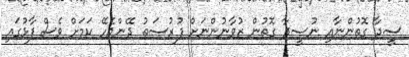
ސީދާ ގޮތުންނާއި ނުސީދާ ގޮތުން ޒުވާނުންނަށް ފުރުސަތު ދޭންޖެހޭ ކަމަށް ވެސް ފާޅުގައި